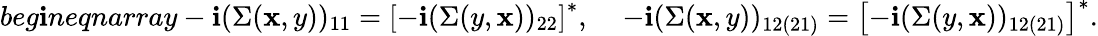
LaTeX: beg\mathbf{i}n{eqnarray}-\mathbf{i}(\Sigma(\mathbf{x},y))_{11}=\left[-\mathbf{i}(\Sigma(y,\mathbf{x}))_{22}\right]^{*},\; \; \; \; -\mathbf{i}(\Sigma(\mathbf{x},y))_{12(21)}=\left[-\mathbf{i}(\Sigma(y,\mathbf{x}))_{12(21)}\right]^{*}.